Medical and sanitary report of the native army of Bengal for the year
Year: 1877
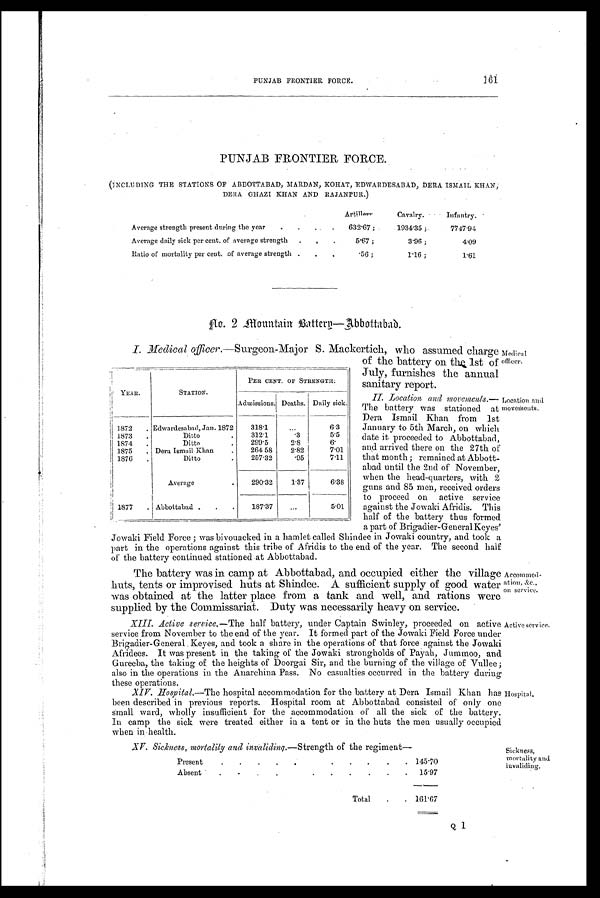
Medical
officer.
Location and
movements.
Accommod-
ation, &c.,
on service.
Active service.
Hospital.
Sickness,
mortality and
invaliding.
PUNJAB FRONTIER FORCE.
161
PUNJAB FRONTIER FORCE.
(INCLUDING THE STATIONS OF ABBOTTABAD, MARDAN, KOHAT, EDWARDESABAD, DERA ISMAIL KHAN;
DERA GH AZI KHAN AND RAJANPUR.)
Artillery.
Cavalry.
Infantry.
Average strength present during the yea
.
. .
632.67 ;
1934.35 ;
7747.94
Average daily sick per cent, of average strength
.
.
.
5.67 ;
3.96 ;
4.09
Ratio of mortality per cent. of average strength .
. .
.56 ;
1.16 ;
1.61
No. 2 Mounyain Battery—Abbottabad.
I. Medical officer.—S u r g e o n - M a j o r S . M a c k e r t i c h , w h o a s s u m e d c h a r g e
of the battery on the 1st of
July, furnishes the annual
sanitary report.
II. Location and movements.—
The battery was stationed at
Dera Ismail Khan from 1st
January to 5th March, on which
date it proceeded to Abbottabad,
and arrived there on the 27th of
that month ; remained at Abbott-
abad until, the 2nd of November,
when the head-quarters, with 2
guns and 85 men, received orders
to proceed on active service
against the Jowaki Afridis. This
half of the battery thus formed
a part of Brigadier-General Keyes'
Jowaki Field Force ; was bivouacked in a hamlet called Shindee in Jowaki country, and took a
part in the operations against this tribe of Afridis to the end of the year. The second half
of the battery continued stationed at Abbottabad.
The battery was in camp at Abbottabad, and occupied either the village
huts, tents or improvised huts at Shindee. A sufficient supply of good water
was obtained at the latter place from a tank and well, and rations were
supplied by the Commissariat. Duty was necessarily heavy on service.
XIII. Active service. —The half battery, under Captain Swinley, proceeded on active
service from November to the end of the year. It formed part of the Jowaki Field Force under
Brigadier-General Keyes, and took a share in the operations of' that force against the Jowaki
Afridees. It was present in the taking of the Jowaki strongholds of Payah, Jummoo, and
Gureeba, the taking of the heights of Doorgai Sir, and the burning of the village of Vullee ;
also in the operations in the Anarchina Pass. No casualties occurred in the battery during
these operations.
XIV. Hospital.—The hospital accommodation for the battery at Dera Ismail Khan has
been described in previous reports. Hospital room at Abbottabad consisted of only one
small ward, wholly insufficient for the accommodation of all the sick of the battery.
In camp the sick were treated either in a tent or in the huts the men usually occupied
when in health.
XV. Sickness, mortality and invaliding.— Strength of the regiment—
Present
.
.
.
.
.
. .
.
.
.
. 145.70
Absent
.
.
.
.
. .
.
.
.
.
.
15.97
Total
.
. 161.67
YEAR.
STATION.
PER. CENT. OF STRENGTH.
Admissions, Deaths. Daily sick.
1872
. Edwardesabad, Jan. 1872
318.1
. . .
6.3
1873
.
Ditto
.
312.1
.3
5.5
1 8 7 4
.
Ditto
.
299.5
2.8
6.
1875
. Dera Ismail Khan
.
264 58
2.82
7.01
1876
.
Ditto
.
257.32
.95
7.11
Average
.
290.32
1.37
6.38
1877
. Abbottabad .
.
187.37
...
5.01